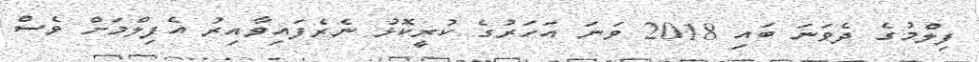
ފިލްމުގެ ދެވަނަ ބައި 2018 ވަނަ އަހަރުގެ ކުރީކޮޅު ނެރެފައިވާއިރު އެފިލްމަށް ވެސް